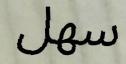
سهل